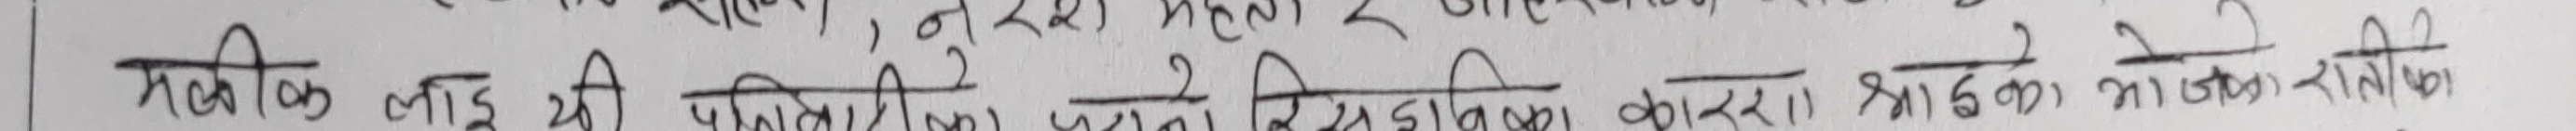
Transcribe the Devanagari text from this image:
भौतिक लाई की पीरिकाट प्रति २ रिसाईविना कोरा झडका जे मुरादाबाद